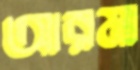
আরমা